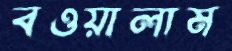
বওয়ালাম